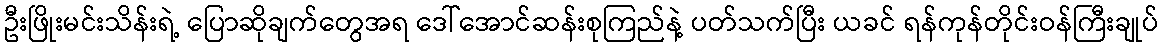
ဦးဖြိုးမင်းသိန်းရဲ့ ပြောဆိုချက်တွေအရ ဒေါ်အောင်ဆန်းစုကြည်နဲ့ ပတ်သက်ပြီး ယခင် ရန်ကုန်တိုင်းဝန်ကြီးချုပ်